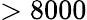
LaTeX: >8000